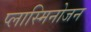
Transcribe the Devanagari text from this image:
प्लास्मिनोजन